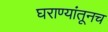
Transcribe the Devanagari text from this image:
घराण्यांतूनच